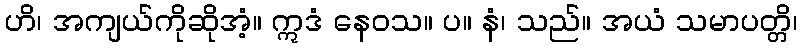
ဟိ၊ အကျယ်ကိုဆိုအံ့။ ဣဒံ နေဝသ။ ပ။ နံ၊ သည်။ အယံ သမာပတ္တိ၊